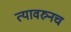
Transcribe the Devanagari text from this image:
त्यावरुनच